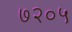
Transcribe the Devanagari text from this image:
७२०५